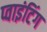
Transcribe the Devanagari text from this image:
प्वाइंटिंग